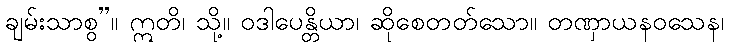
ချမ်းသာစွ”။ ဣတိ၊ သို့။ ဝဒါပေန္တိယာ၊ ဆိုစေတတ်သော။ တဏှာယနဝသေန၊